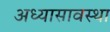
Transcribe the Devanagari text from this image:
अध्यासावस्था